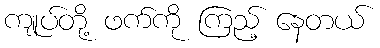
ကျုပ်တို့ ဖက်ကို ကြည့် နေတယ်